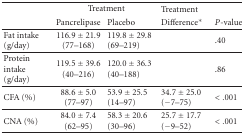
<table><thead><tr><td></td><td colspan="2"><b>Treatment</b></td><td><b>Treatment</b></td></tr><tr><td></td><td><b>Pancrelipase</b></td><td><b>Placebo</b></td><td><b>Difference*</b></td></tr></thead><tbody><tr><td>Fat intake (g/day)</td><td>116.9 ± 21.9 (77–168)</td><td>119.8 ± 29.8 (69–219)</td><td> </td></tr><tr><td>Protein intake (g/day)</td><td>119.5 ± 39.6 (40–216)</td><td>120.0 ± 36.3 (40–188)</td><td> </td></tr><tr><td>CFA (%)</td><td>88.6 ± 5.0 (77–97)</td><td>53.9 ± 25.5 (14–97)</td><td>34.7 ± 25.0 (−7–75)</td></tr><tr><td>CNA (%)</td><td>84.0 ± 7.4 (62–95)</td><td>58.3 ± 20.6 (30–96)</td><td>25.7 ± 17.7 (−9–52)</td></tr></tbody></table>